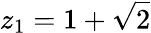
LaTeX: z_{1}=1+\sqrt{2}